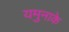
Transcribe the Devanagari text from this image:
यमुनाके